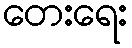
တေးရေး